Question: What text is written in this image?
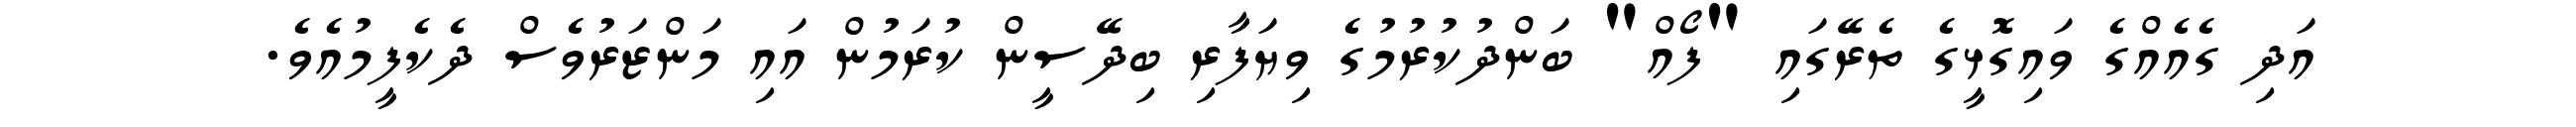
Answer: އަދި ގެއެއްގެ ވައިގޮޅީގެ ތެރޭގައި "ފޯއް" ބަންދުކުރުމުގެ ވިޔަފާރި ބިދޭސީން ކުރަމުން އައި މަންޒަރުވެސް ދެކެފީމުއެވެ.